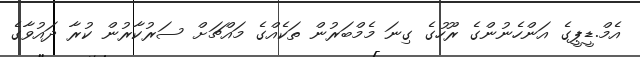
އެމް.ޑީޕީގެ އަންހެނުންގެ ރޫހުގެ ގިނަ މެމްބަރުން ތަކެއްގެ މައްޗަށް ސަރުކާރުން ކުރާ ދައުވާގެ